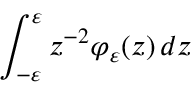
\int _ { - \varepsilon } ^ { \varepsilon } z ^ { - 2 } \varphi _ { \varepsilon } ( z ) \mathop { } \! { d { z } }